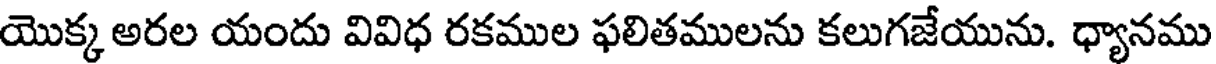
యొక్క అరల యందు వివిధ రకముల ఫలితములను కలుగజేయును. ధ్యానము